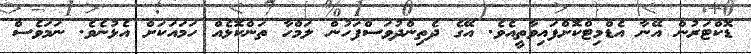
ޑޮކްޓަރުން އޭނާ އެޑްމިޓްކޮށްފައިވާތީއެވެ. އޭގެ ދެތިންދުވަސްފަހުން ލަމްހާ ތަންކޮޅެއް ހަމައަކަށް އެޅުނެވެ. ނަމަވެސް